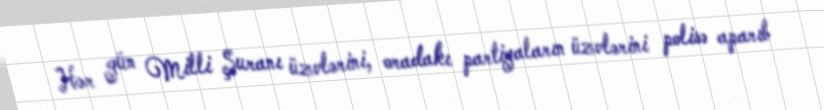
Hər gün Milli Şuranı üzvlərini, oradakı partiyaların üzvlərini polisə aparıb